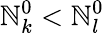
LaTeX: \mathbb{N}_{k}^{0}<\mathbb{N}_{l}^{0}